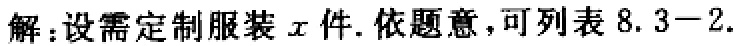
解：设需定制服装\(x\)件. 依题意，可列表 \(8.3 - 2.\)